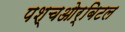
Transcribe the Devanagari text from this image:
पश्चओर्बिटल